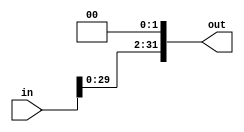
module shift_left_1 (
    input   wire[31:0]  in,
    output  wire[31:0]  out
);

assign out = (in<<2);
    
endmodule